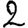
Digit: 2